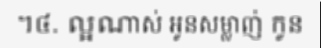
។៤. ល្អណាស់ អូនសម្លាញ់ កូន